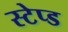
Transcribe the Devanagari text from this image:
स्टेप्ड